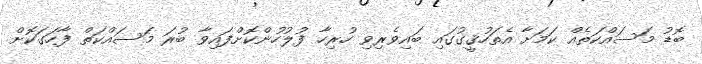
ބޮޑު މަސައްކަތެއް ކަމަށާ އެތަހުޤީގުގައި ބައިވެރިވި ހުރިހާ ފުލުހުންކޮށްފައިވާ ބުރަ މަސައްކަތް ފާހަގަކޮށް